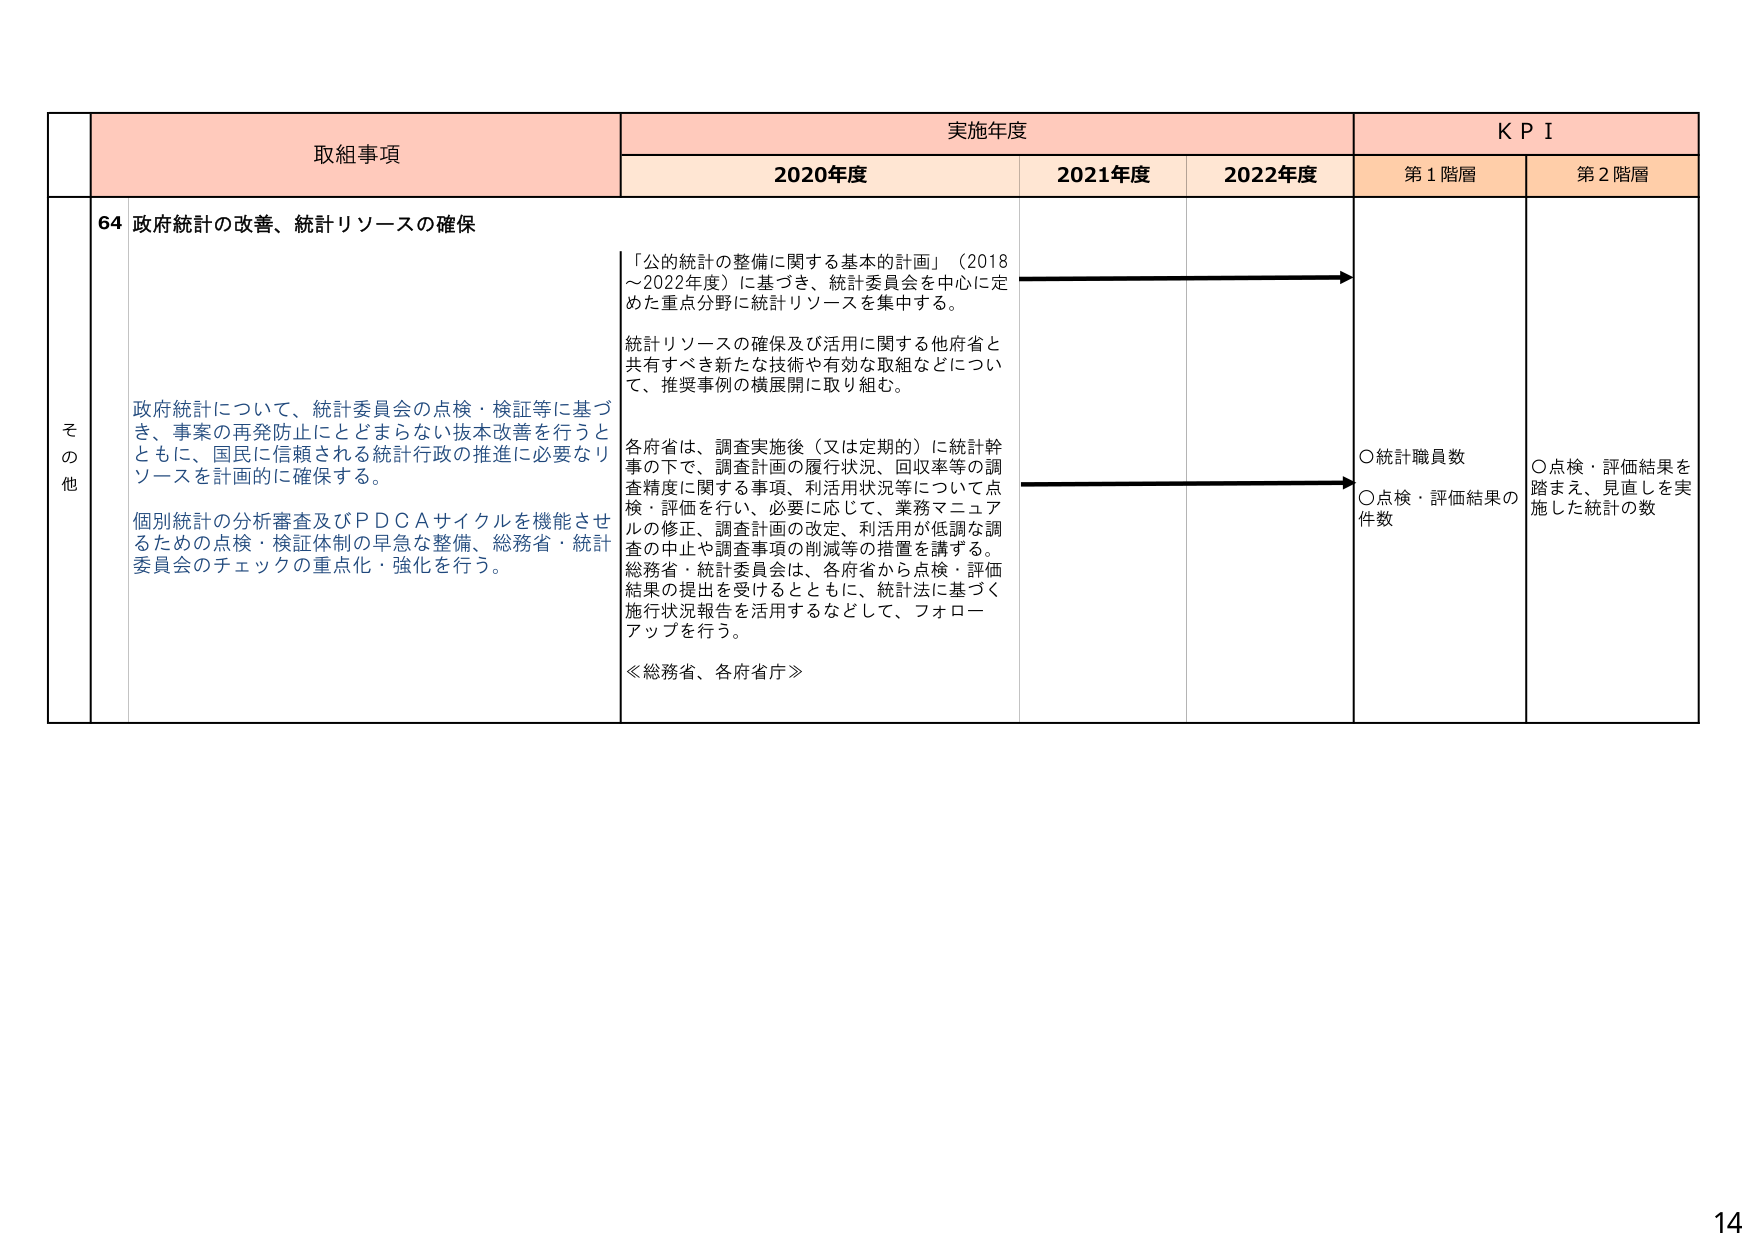
その他の
取組事項
64 政府統計の改善、統計リソースの確保
政府統計について、統計委員会の点検・検証等に基づき、事案の再発防止にとどまらない抜本改善を行うとともに、国民に信頼される統計行政の推進に必要なリソースを計画的に確保する。
個別統計の分析審査及びＰＤＣＡサイクルを機能させるための点検・検証体制の早急な整備、総務省・統計委員会のチェックの重点化・強化を行う。
実施年度
2020年度
「公的統計の整備に関する基本的計画」（2018～2022年度）に基づき、統計委員会を中心に定めた重点分野に統計リソースを集中的する。
統計リソースの確保及び活用に関する他府省と共有すべき新たな技術や有効な取組などについて、推奨事例の横展開に取り組む。
各府省は、調査実施後（又は定期的）に統計幹事の下で、調査計画の履行状況、回収率等の調査精度に関する事項、利活用状況等について点検・評価を行い、必要に応じて、業務マニュアルの修正、調査計画の改定、利活用が低調な調査の中止や調査事項の削減等の措置を講ずる。総務省・統計委員会は、各府省から点検・評価結果の提出を受けるとともに、統計法に基づく施行状況報告を活用するなどして、フォローアップを行う。
≪総務省、各府省庁≫
2021年度
2022年度
ＫＰＩ
第１階層
○統計職員数
○点検・評価結果の件数
第２階層
○点検・評価結果を踏まえ、見直しを実施した統計の数
14